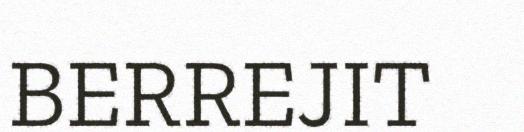
BERREJIT